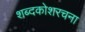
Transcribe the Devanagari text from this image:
शब्दकोशरचना